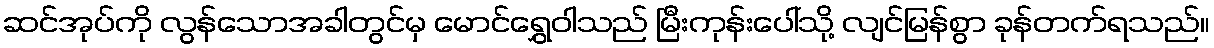
ဆင်အုပ်ကို လွန်သောအခါတွင်မှ မောင်ရွှေဝါသည် မြီးကုန်းပေါ်သို့ လျင်မြန်စွာ ခုန်တက်ရသည်။